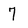
Character: 7